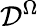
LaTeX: \mathcal{D}^{\Omega}